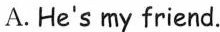
A.He's my friend.